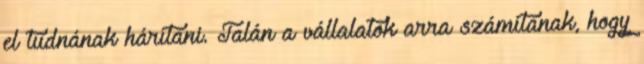
el tudnának hárítani. Talán a vállalatok arra számítanak, hogy